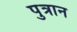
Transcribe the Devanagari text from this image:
पुत्रान